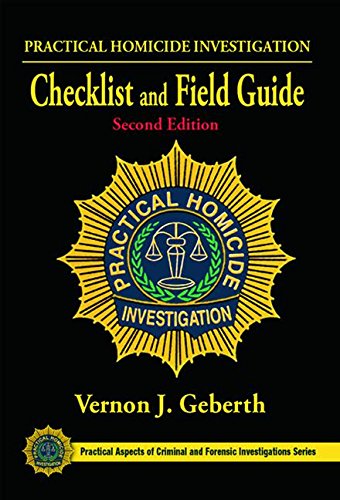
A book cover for Practical Homicide Investigation Checklist and Field Guide, Second Edition (Practical Aspects of Criminal and Forensic Investigations); Vernon J. Geberth; Law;